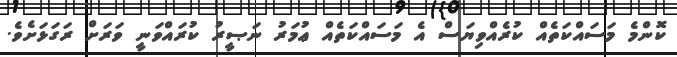
ކޮންމެ މަސައްކަތެއް ކުރެއްވިޔަސް އެ މަސައްކަތެއް ޢުމަރު ނަޞީރު ކުރައްވަނީ ވަރަށް ރަގަޅަށެވެ.